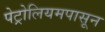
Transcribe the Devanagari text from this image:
पेट्रोलियमपासून